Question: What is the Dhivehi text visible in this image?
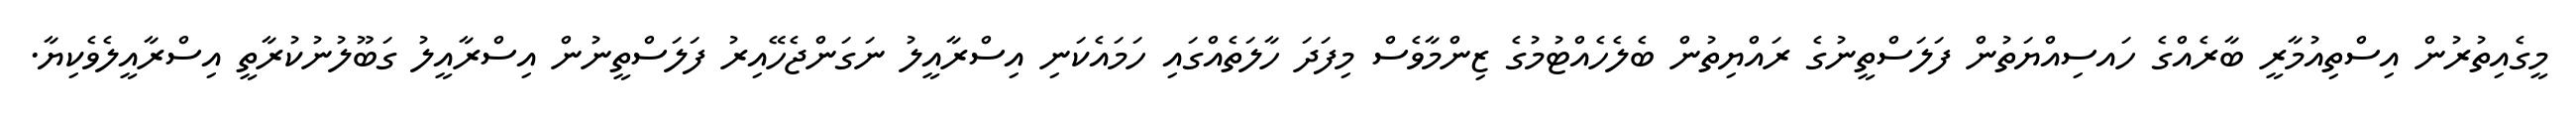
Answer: މީގެއިތުރުން އިސްތިއުމާރީ ބާރެއްގެ ހައސިއްޔަތުން ފަލަސްތީނުގެ ރައްޔިތުން ބެލެހެއްޓުމުގެ ޒިންމާވެސް މިފަދަ ހާލަތެއްގައި ހަމައެކަނި އިސްރާއީލު ނަގަންޖެހޭއިރު ފަލަސްތީނުން އިސްރާއީލު ގަބޫލުނުކުރާތީ އިސްރާއީލެވެކިޔާ.